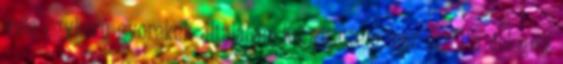
vele egykorú gyerekek általában. Készítettem már erről a dologról